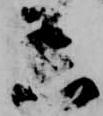
着